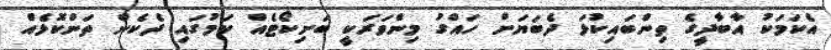
އެކަމަކު އާބާދީގެ ތިންބައިކުޅަ ދެބަޔަށް ހައްގު މިންވަރަކީ ބަށިކޯޓެއް ކަމުގައި ދެކެން ތަންކޮޅެއް